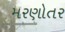
મરણોતર